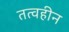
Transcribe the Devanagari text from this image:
तत्वहीन